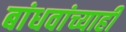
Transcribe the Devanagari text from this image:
बांधवांच्याही